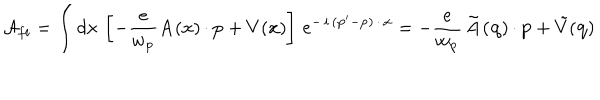
{ \cal A } _ { f i } = \int d { \bf x \, } \left[ - \frac e { w _ { { \bf p } } } { \bf A } ( { \bf x } ) \, { \bf \cdot \, p } + V ( { \bf x } ) \right] \, \mathrm { e } ^ { - \, i \, ( { \bf p } ^ { \prime } - { \bf p } ) \, { \bf \cdot \, x } } = - \frac e { w _ { { \bf p } } } \, { \bf \tilde { A } ( q } ) \, { \bf \cdot \, p } + \tilde { V } ( { \bf q } ) \; \; \;